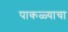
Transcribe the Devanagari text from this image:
पाकळ्याचा